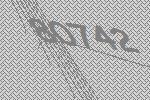
80742